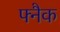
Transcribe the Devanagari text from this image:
फ्नैक